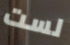
لست